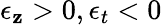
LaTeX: \epsilon_{\mathbf{z}}>0,\epsilon_{t}<0